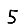
Digit: 5